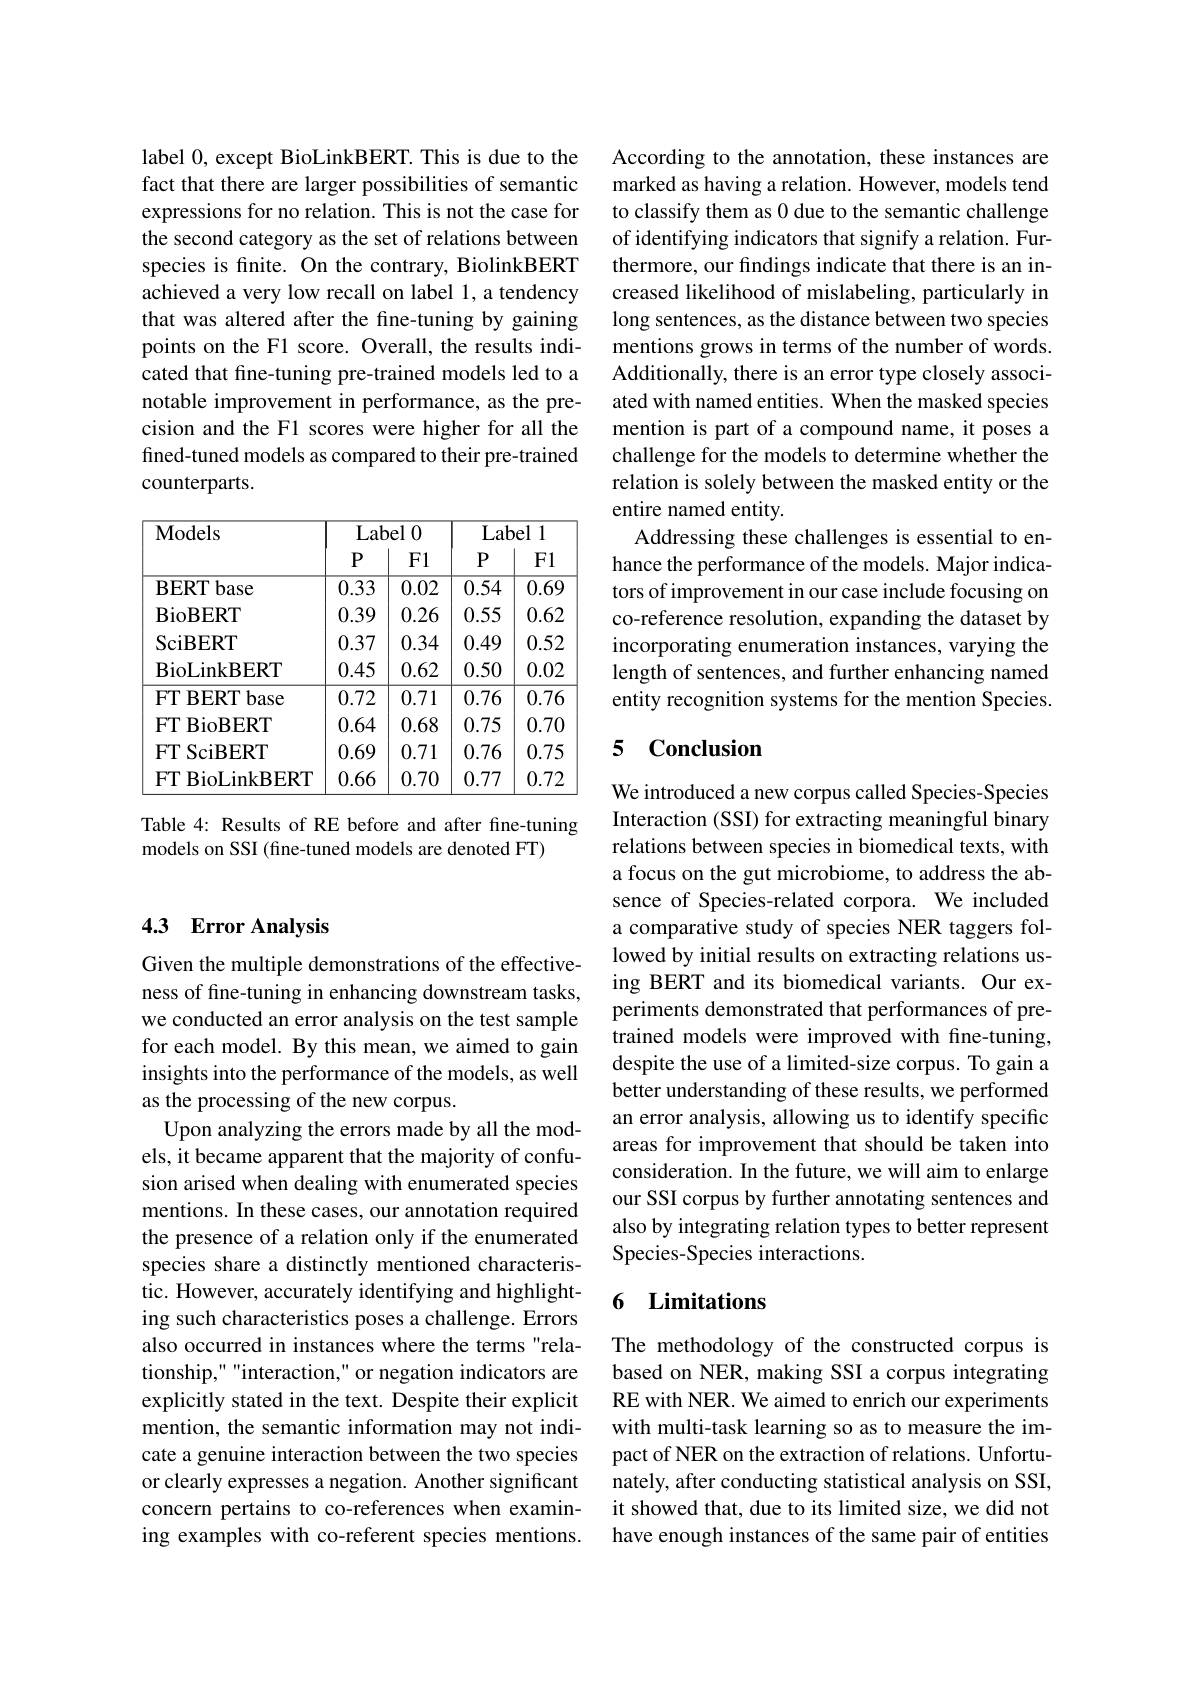
label 0, except BioLinkBERT. This is due to the fact that there are larger possibilities of semantic expressions for no relation. This is not the case for the second category as the set of relations between species is finite. On the contrary, BiolinkBERT achieved a very low recall on label 1, a tendency that was altered after the fine-tuning by gaining points on the F1 score. Overall, the results indicated that fine-tuning pre-trained models led to a notable improvement in performance, as the precision and the F1 scores were higher for all the fined-tuned models as compared to their pre-trained counterparts.

<table>
	<tbody>
		<tr>
			<th>Models</th>
			<th colspan="2">Label 10 1</th>
			<th colspan="2">Label 1</th>
		</tr>
		<tr>
			<th>Models</th>
			<th>$\overline{\mathrm{Lab}}$ $P$</th>
			<th>rel 0 F1</th>
			<th>$\overline{\mathrm{Lab}}$ $P$</th>
			<th>rel 1 F1</th>
		</tr>
		<tr>
			<td>BERTbase</td>
			<td>0.33</td>
			<td>0.02</td>
			<td>0.54</td>
			<td>0.69</td>
		</tr>
		<tr>
			<td>$\operatorname{BioBERT}$</td>
			<td>0.39</td>
			<td>0.26</td>
			<td>0.55</td>
			<td>0.62</td>
		</tr>
		<tr>
			<td>SciBERT</td>
			<td>0.37</td>
			<td>0.34</td>
			<td>0.49</td>
			<td>0.52</td>
		</tr>
		<tr>
			<td>BioLinkBERT</td>
			<td>0.45</td>
			<td>0.62</td>
			<td>0.50</td>
			<td>0.02</td>
		</tr>
		<tr>
			<td>FT BERT base</td>
			<td>0.72</td>
			<td>0.71</td>
			<td>0.76</td>
			<td>0.76</td>
		</tr>
		<tr>
			<td>$FTI$ BioBERT</td>
			<td>0.64</td>
			<td>0.68</td>
			<td>0.75</td>
			<td>0.70</td>
		</tr>
		<tr>
			<td>$FT$ SciBERT</td>
			<td>0.69</td>
			<td>0.71</td>
			<td>0.76</td>
			<td>0.75</td>
		</tr>
		<tr>
			<td>$FTI$ BioLinkBERT</td>
			<td>0.66</td>
			<td>0.70</td>
			<td>0.77</td>
			<td>0.72</td>
		</tr>
	</tbody>
</table>

Table 4: Results of RE before and after fine-tuning
models on SSI (fine-tuned models are denoted FT)

## 4.3 Error Analysis

Given the multiple demonstrations of the effectiveness of fine-tuning in enhancing downstream tasks, we conducted an error analysis on the test sample for each model. By this mean, we aimed to gain insights into the performance of the models, as well as the processing of the new corpus.
Upon analyzing the errors made by all the models, it became apparent that the majority of confusion arised when dealing with enumerated species mentions. In these cases, our annotation required the presence of a relation only if the enumerated species share a distinctly mentioned characteristic. However, accurately identifying and highlighting such characteristics poses a challenge. Errors also occurred in instances where the terms"relationship,"""interaction," or negation indicators are explicitly stated in the text. Despite their explicit mention, the semantic information may not indicate a genuine interaction between the two species or clearly expresses a negation. Another significant concern pertains to co-references when examining examples with co-referent species mentions.

According to the annotation, these instances are marked as having a relation. However, models tend to classify them as 0 due to the semantic challenge of identifying indicators that signify a relation. Furthermore, our findings indicate that there is an increased likelihood of mislabeling, particularly in long sentences, as the distance between two species mentions grows in terms of the number of words. Additionally, there is an error type closely associated with named entities. When the masked species mention is part of a compound name, it poses a challenge for the models to determine whether the relation is solely between the masked entity or the entire named entity.
Addressing these challenges is essential to enhance the performance of the models. Major indicators of improvement in our case include focusing on co-reference resolution, expanding the dataset by incorporating enumeration instances, varying the length of sentences, and further enhancing named entity recognition systems for the mention Species.

## 5 Conclusion

We introduced a new corpus called Species-Species Interaction (SSI) for extracting meaningful binary relations between species in biomedical texts, with a focus on the gut microbiome, to address the absence of Species-related corpora. We included a comparative study of species NER taggers followed by initial results on extracting relations using BERT and its biomedical variants. Our experiments demonstrated that performances of pretrained models were improved with fine-tuning, despite the use of a limited-size corpus. To gain a better understanding of these results, we performed an error analysis, allowing us to identify specific areas for improvement that should be taken into consideration. In the future, we will aim to enlarge our SSI corpus by further annotating sentences and also by integrating relation types to better represent Species-Species interactions.

### 6 Limitations

The methodology of the constructed corpus is based on NER, making SSI a corpus integrating RE with NER. We aimed to enrich our experiments with multi-task learning so as to measure the impact of NER on the extraction of relations. Unfortunately, after conducting statistical analysis on SSI, it showed that, due to its limited size, we did not have enough instances of the same pair of entities